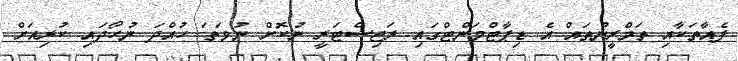
ފެއާތަކާއި ތަމްރީނުތައް އެ ޑިޕާޓްމަންޓްގައި ރަޖިސްޓަރީ ނުކޮށް ނުވަތަ ހުއްދަ ނުހޯދައި ކުރިއަށް